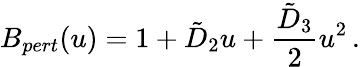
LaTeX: B_{pert}(u)=1+\tilde{D}_{2}u+{\frac{\tilde{D}_{3}}{2}}u^{2}\, .